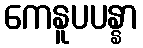
ကေနူပပန္နာ